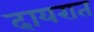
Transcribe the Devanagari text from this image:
दायरात